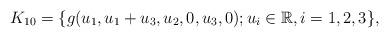
LaTeX: \begin{align*} K_{10}=\{g(u_1,u_1+u_3,u_2,0,u_3,0); u_i \in \mathbb R, i=1,2,3 \}, \end{align*}